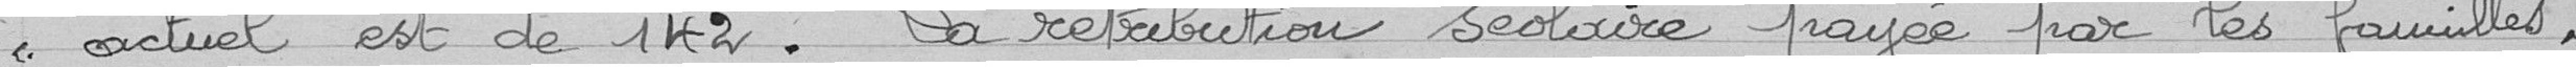
"actuel est de 142. La rétribution scolaire payée par les familles,